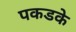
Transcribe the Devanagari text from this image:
पकडके